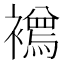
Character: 𧞌